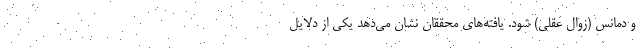
و دمانس (زوال عقلی) شود. یافته‌های محققان نشان می‌دهد یکی از دلایل